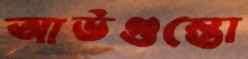
আউগুস্তো